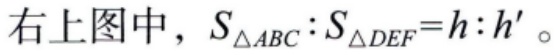
右上图中，\(S_{\triangle ABC}:S_{\triangle DEF}=h:h'\)。